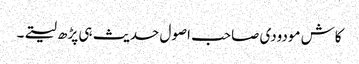
کاش مودودی صاحب اصول حدیث ہی پڑھ لیتے۔